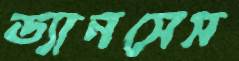
ড্যানসেস